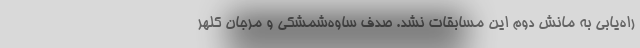
راه‌یابی به مانش دوم این مسابقات نشد. صدف ساوه‌شمشکی و مرجان کلهر